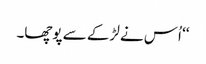
‘‘ اُس نے لڑکے سے پوچھا۔